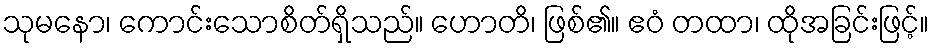
သုမနော၊ ကောင်းသောစိတ်ရှိသည်။ ဟောတိ၊ ဖြစ်၏။ ဧဝံ တထာ၊ ထိုအခြင်းဖြင့်။